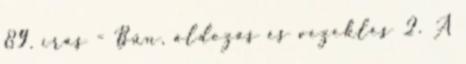
89. írás - Bűn, áldozás és vezeklés 2. A